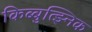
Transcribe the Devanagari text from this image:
किब्बुत्झ्निक